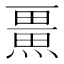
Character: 𭻨